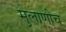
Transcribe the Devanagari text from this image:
मुलाणीच